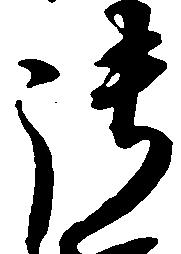
御